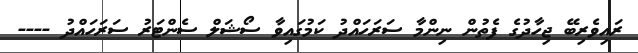
ރައިވެރިބޭ ޖިހާދުގެ ފެތުން ނިންމާ ސަރަހައްދު ކަމުގައިވާ ސޯޝަލް ސެންޓަރު ސަރަހައްދު ----